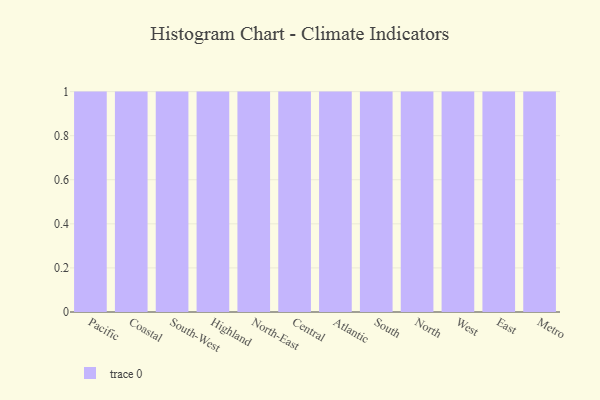
{"axis": {"x": "Region", "y": "Backlog"}, "legend": [""], "data": [{"x": "Pacific", "y": 28, "type": ""}, {"x": "Coastal", "y": 70, "type": ""}, {"x": "South-West", "y": 80, "type": ""}, {"x": "Highland", "y": 79, "type": ""}, {"x": "North-East", "y": 53, "type": ""}, {"x": "Central", "y": 71, "type": ""}, {"x": "Atlantic", "y": 97, "type": ""}, {"x": "South", "y": 33, "type": ""}, {"x": "North", "y": 97, "type": ""}, {"x": "West", "y": 52, "type": ""}, {"x": "East", "y": 30, "type": ""}, {"x": "Metro", "y": 74, "type": ""}]}